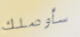
سأوصلك